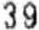
39